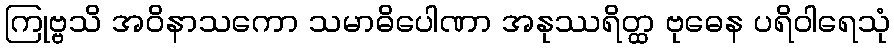
ကြုဗ္ဗသိ အဝိနာသကော သမာဓိပေါဏာ အနုဿရိတ္ထ ဗုဓေန ပရိဝါရေသုံ